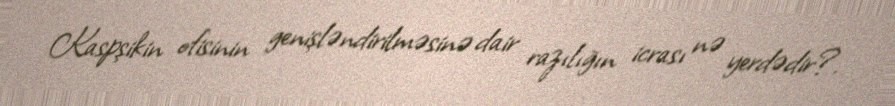
Kaspşikin ofisinin genişləndirilməsinə dair razılığın icrası nə yerdədir?.